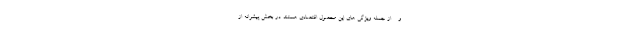
و ... از جمله ویژگی های این محصول اقتصادی هستند. در بخش پیشرانه از